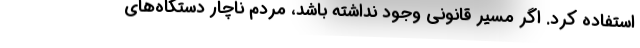
استفاده کرد. اگر مسیر قانونی وجود نداشته باشد، مردم ناچار دستگاه‌های